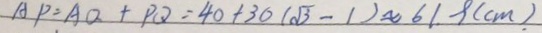
A P = A O + P Q = 4 0 + 3 0 ( \sqrt { 3 } - 1 ) \approx 6 1 . 9 ( c m ) .